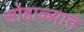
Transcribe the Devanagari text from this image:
सोहाळ्यात